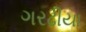
ગરઢીયા